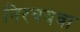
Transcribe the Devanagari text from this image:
निरवयवा